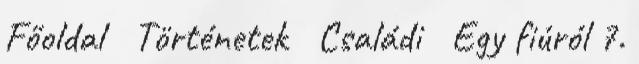
Főoldal Történetek Családi Egy fiúról 7.